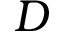
D